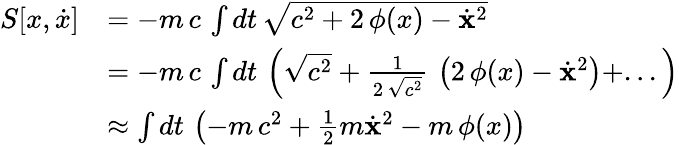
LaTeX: {\begin{array}{rl}{S[x,{\dot{x}}]}&{=-m\, c\, \int dt\, {\sqrt{c^{2}+2\, \phi(x)-{\dot{\mathbf{x}}}^{2}}}}\\ &{=-m\, c\, \int dt\, \left({\sqrt{c^{2}}}+{\frac{1}{2\, {\sqrt{c^{2}}}}}\, \left(2\, \phi(x)-{\dot{\mathbf{x}}}^{2}\right)+...\right)}\\ &{\approx\int dt\, \left(-m\, c^{2}+{\frac{1}{2}}m{\dot{\mathbf{x}}}^{2}-m\, \phi(x)\right)}\end{array}}